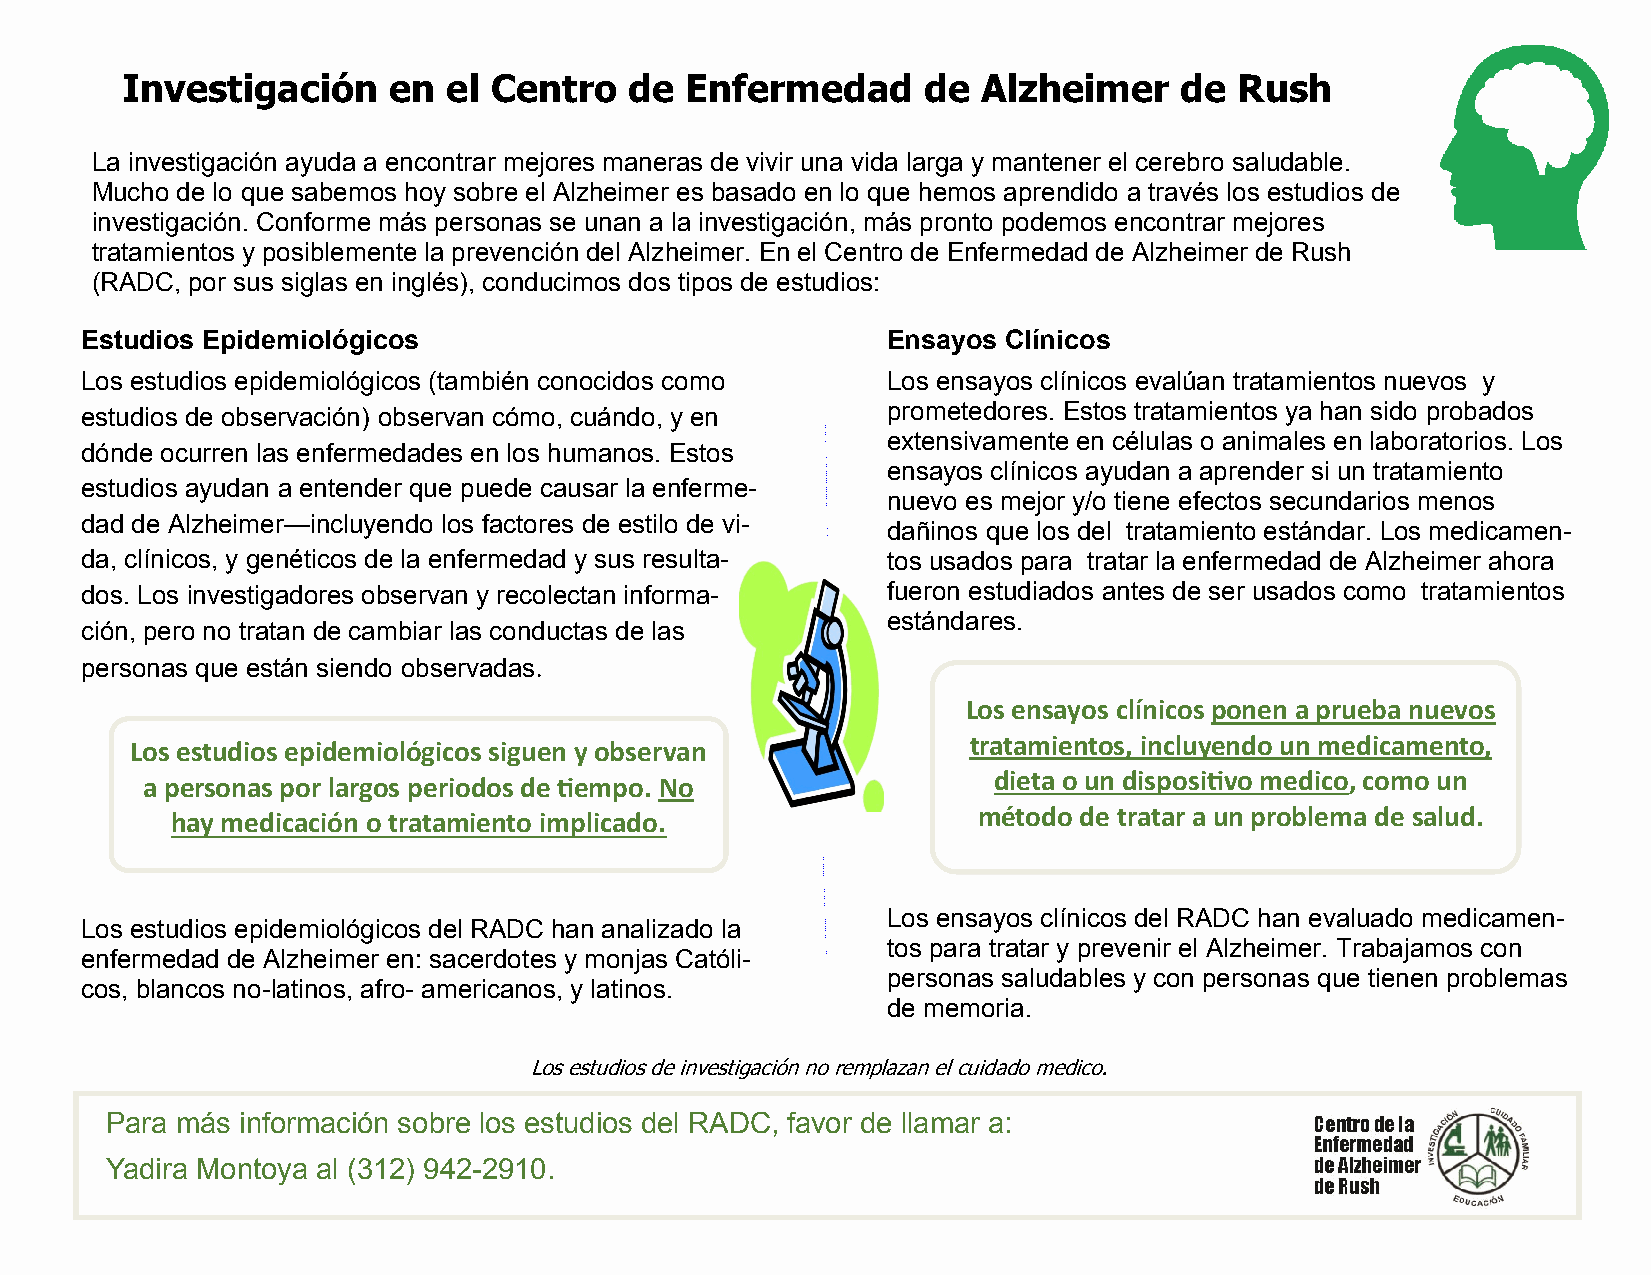
Investigación     en  el Centro   de Enfermedad      de  Alzheimer    de  Rush
 La investigación ayuda a encontrar mejores maneras de vivir una vida larga y mantener el cerebro saludable.
 Mucho de lo que sabemos hoy sobre el Alzheimer es basado en lo que hemos aprendido a través los estudios de
 investigación. Conforme más personas se unan a la investigación, más pronto podemos encontrar mejores
 tratamientos y posiblemente la prevención del Alzheimer. En el Centro de Enfermedad de Alzheimer de Rush
 (RADC, por sus siglas en inglés), conducimos dos tipos de estudios:
 Estudios Epidemiológicos                              Ensayos Clínicos
 Los estudios epidemiológicos (también conocidos como  Los ensayos clínicos evalúan tratamientos nuevos y
 estudios de observación) observan cómo, cuándo, y en  prometedores. Estos tratamientos ya han sido probados
 extensivamente en células o animales en laboratorios. Los
 dónde ocurren las enfermedades en los humanos. Estos
 ensayos clínicos ayudan a aprender si un tratamiento
 estudios ayudan a entender que puede causar la enferme-
 nuevo es mejor y/o tiene efectos secundarios menos
 dad de Alzheimer—incluyendo los factores de estilo de vi-
 dañinos que los del tratamiento estándar. Los medicamen-
 da, clínicos, y genéticos de la enfermedad y sus resulta- tos usados para tratar la enfermedad de Alzheimer ahora
 dos. Los investigadores observan y recolectan informa- fueron estudiados antes de ser usados como tratamientos
 estándares.
 ción, pero no tratan de cambiar las conductas de las
 personas que están siendo observadas.
 Los ensayos clínicos ponen a prueba nuevos
 Los estudios epidemiológicos siguen y observan         tratamientos, incluyendo un medicamento,
 dieta o un dispositivo medico, como un
 a personas por largos periodos de tiempo. No
 método de tratar a un problema de salud.
 hay medicación o tratamiento implicado.
 Los ensayos clínicos del RADC han evaluado medicamen-
 Los estudios epidemiológicos del RADC han analizado la
 tos para tratar y prevenir el Alzheimer. Trabajamos con
 enfermedad de Alzheimer en: sacerdotes y monjas Católi-
 personas saludables y con personas que tienen problemas
 cos, blancos no-latinos, afro- americanos, y latinos.
 de memoria.
 Los estudios de investigación no remplazan el cuidado medico.
 Para más información sobre los estudios del RADC, favor de llamar a:
 Yadira Montoya al (312) 942-2910.